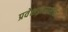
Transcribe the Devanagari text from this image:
प्रवेशद्वाराशीच